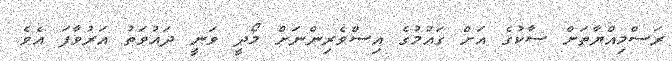
ރަސްމިއްޔާތަށް ސާކުގެ އަށް ގައުމުގެ އިސްވެރިންނަށް މޯދީ ވަނީ ދައުވަތު އަރުވާފަ އެވެ.